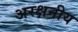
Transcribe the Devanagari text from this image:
अरक्षनीय